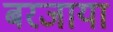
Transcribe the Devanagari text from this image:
बरजाया